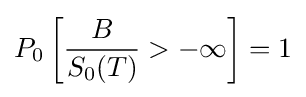
P_{0}\left[{\frac {B}{S_{0}(T)}}>-\infty \right]=1